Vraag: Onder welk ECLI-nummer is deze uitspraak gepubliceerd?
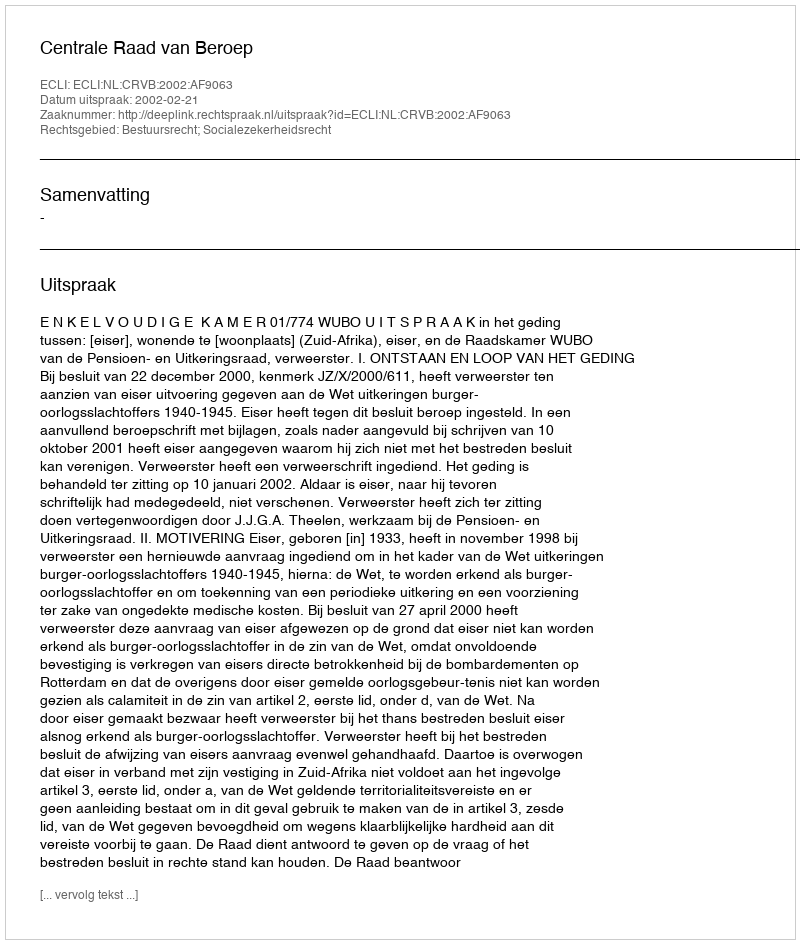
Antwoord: ECLI:NL:CRVB:2002:AF9063